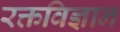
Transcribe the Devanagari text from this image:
रक्तविज्ञान